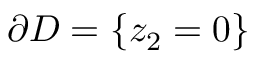
\partial D = \{ z _ { 2 } = 0 \}